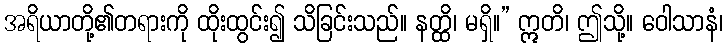
အရိယာတို့၏တရားကို ထိုးထွင်း၍ သိခြင်းသည်။ နတ္ထိ၊ မရှိ။” ဣတိ၊ ဤသို့။ ဝေါသာနံ၊